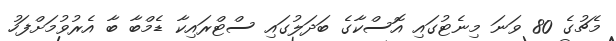
މެޗުގެ 80 ވަނަ މިނެޓުގައި އޮސްކާގެ ބަދަލުގައި ސްޓްރައިކާ ޑެމްބާ ބާ އެރުވުމަށްފަހު